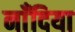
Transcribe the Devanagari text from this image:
नाँदिया